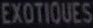
EXOTIQUES